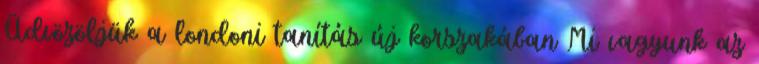
Üdvözöljük a londoni tanítás új korszakában Mi vagyunk az